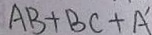
A B + B C + A ^ { \prime }